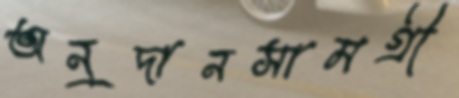
অনুদানসামগ্রী